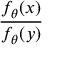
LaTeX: \frac { f _ { \theta } ( x ) } { f _ { \theta } ( y ) }